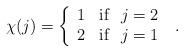
LaTeX: \begin{align*} \chi(j) = \left\{ \begin{array}{cl} 1 & {\rm if} \ \ j=2 \\ 2 & {\rm if} \ \ j=1 \end{array} \right. \ .\end{align*}